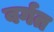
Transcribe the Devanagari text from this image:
वर्गत